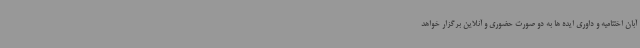
آبان اختتامیه و داوری ایده ها به دو صورت حضوری و آنلاین برگزار خواهد